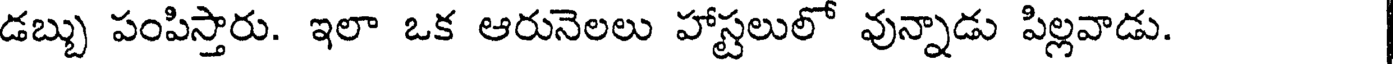
డబ్బు పంపిస్తారు. ఇలా ఒక ఆరునెలలు హాస్టలులో వున్నాడు పిల్లవాడు.